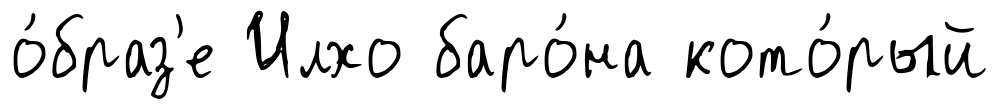
о́браз'е Илхо баро́на кото́рый